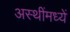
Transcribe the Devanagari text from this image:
अस्थींमध्यें